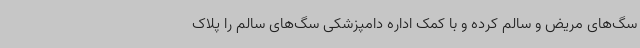
سگ‌های مریض و سالم کرده و با کمک اداره دامپزشکی سگ‌های سالم را پلاک